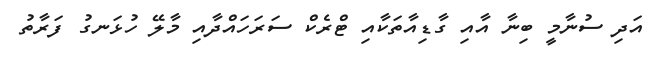
އަދި ސުނާމީ ބިނާ އާއި ގާޑިއާތަކާއި ޓްރެކް ސަރަހައްދާއި މާލޭ ހުޅަނގު ފަރާތު